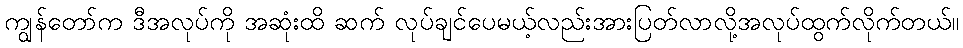
ကျွန်တော်က ဒီအလုပ်ကို အဆုံးထိ ဆက် လုပ်ချင်ပေမယ့်လည်းအားပြတ်လာလို့အလုပ်ထွက်လိုက်တယ်။